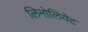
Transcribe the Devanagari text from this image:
लिनोलियेट